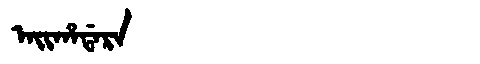
Manchu: ᠠᡳᡥᠠᡩᠠᡵᠠ
Romanization: AIHADARA